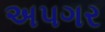
અપગર